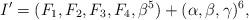
LaTeX: \begin{align*}I' = (F_1, F_2, F_3, F_4, \beta^5) + (\alpha,\beta,\gamma)^{6},\end{align*}